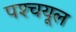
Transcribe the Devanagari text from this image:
पश्‍चयूल